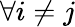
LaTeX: \forall i\ne j